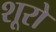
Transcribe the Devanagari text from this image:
शूरो